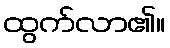
ထွက်လာ၏။